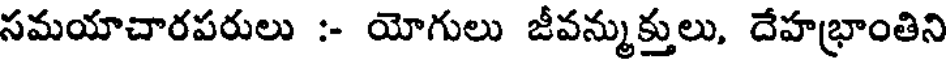
సమయాచారపరులు :- యోగులు జీవన్ముక్తులు, దేహభ్రాంతిని